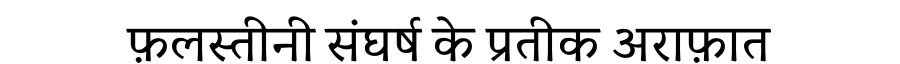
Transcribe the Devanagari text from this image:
फ़लस्तीनी संघर्ष के प्रतीक अराफ़ात